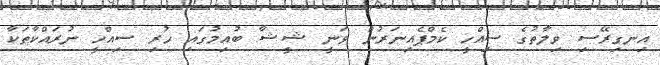
އިނގިރޭސި ވިލާތުގެ ސިއްހީ ކެމްޕެއިނަރުން ވަނީ ޝީޝާ ބުއިމުގައި ހުރި ސިއްހީ ނުރައްކާތަކާ